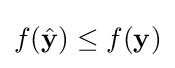
f({\hat {\mathbf {y} }})\leq f(\mathbf {y} )